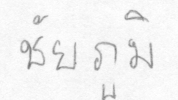
ชัยภูมิ